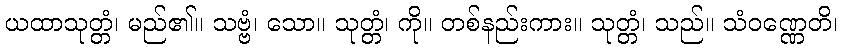
ယထာသုတ္တံ၊ မည်၏။ သဗ္ဗံ၊ သော။ သုတ္တံ၊ ကို။ တစ်နည်းကား။ သုတ္တံ၊ သည်။ သံဝဏ္ဏေတိ၊